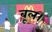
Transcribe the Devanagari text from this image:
बूल।